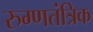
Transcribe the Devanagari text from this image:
रुग्णतंत्रिक